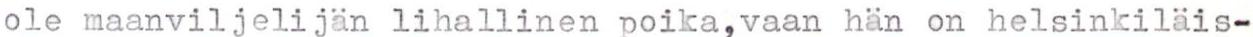
ole maanviljelijän lihallinen poika,vaan hän on helsinkiläis-